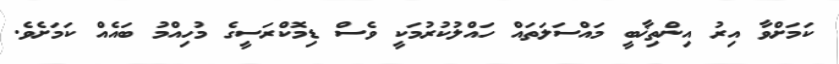
ކަމަށްވާ އިރު އިންތިޚާބީ މައްސަލަތައް ހައްލުކުރުމަކީ ވެސް ޑިމޮކްރަސީގެ މުހިއްމު ބައެއް ކަމަށެވެ.